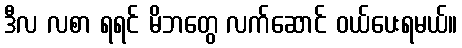
ဒီလ လစာ ရရင် မိဘတွေ လက်ဆောင် ဝယ်ပေးရမယ်။